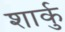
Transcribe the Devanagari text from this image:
शार्कु